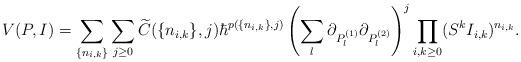
LaTeX: \begin{align*} V(P, I) = \sum_{\{n_{i, k}\}}\sum_{j \geq 0} \widetilde{C}(\{n_{i, k}\}, j) \hbar^{p(\{n_{i, k}\}, j)} \left(\sum_l \partial_{P_l^{(1)}}\partial_{P_l^{(2)}}\right)^j\prod_{i, k \geq 0}(S^kI_{i, k})^{n_{i, k}}.\end{align*}